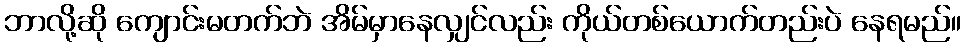
ဘာလို့ဆို ကျောင်းမတက်ဘဲ အိမ်မှာနေလျှင်လည်း ကိုယ်တစ်ယောက်တည်းပဲ နေရမည်။